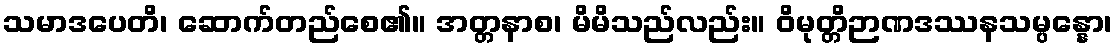
သမာဒပေတိ၊ ဆောက်တည်စေ၏။ အတ္တနာစ၊ မိမိသည်လည်း။ ဝိမုတ္တိဉာဏဒဿနသမ္ပန္နော၊